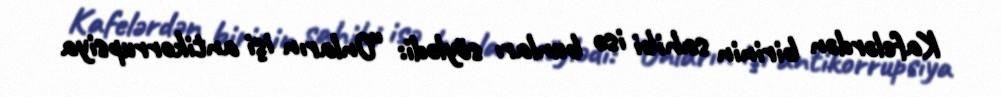
Kafelərdən birinin sahibi isə bunları söylədi: “Onların işi antikorrupsiya